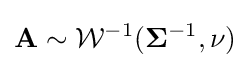
\mathbf {A} \sim {\mathcal {W}}^{-1}({\mathbf {\Sigma } }^{-1},\nu )